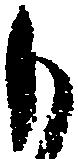
も